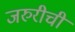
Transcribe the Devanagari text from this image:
जरुरीची